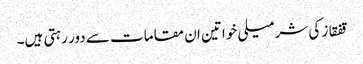
قفقاز کی شرمیلی خواتین ان مقامات سے دور رہتی ہیں۔